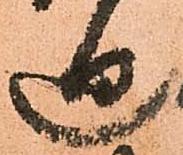
廻